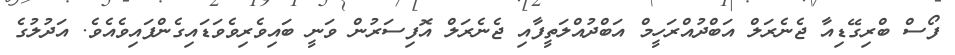
ފޯސް ބްރިގޭޑިއާ ޖެނެރަލް އަބްދުއްރަހީމް އަބްދުއްލަތީފާއި ޖެނެރަލް އޮފިސަރުން ވަނީ ބައިވެރިވެވަޑައިގެންފައިވެއެވެ. އަދުލުގެ